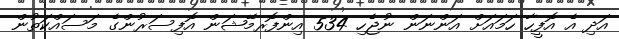
އަދި އެ އޮފީހާ ހަމައަށް އަންނަން ނުޖެހި 534 އިންފޮރމޭޝަން އޮފިސަރުންގެ މަސައްކަތުން